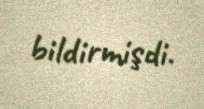
bildirmişdi.